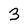
Character: 3